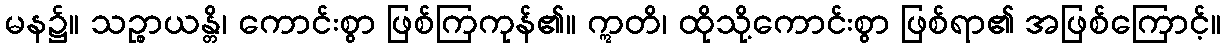
မန၌။ သဉ္စာယန္တိ၊ ကောင်းစွာ ဖြစ်ကြကုန်၏။ ဣတိ၊ ထိုသို့ကောင်းစွာ ဖြစ်ရာ၏ အဖြစ်ကြောင့်။